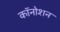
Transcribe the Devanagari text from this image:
कॉनोशन